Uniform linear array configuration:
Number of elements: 64
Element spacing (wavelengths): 0.5
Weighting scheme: hann
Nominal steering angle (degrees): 0
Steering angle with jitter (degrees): -1.388
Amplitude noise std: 0.05
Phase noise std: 0.05

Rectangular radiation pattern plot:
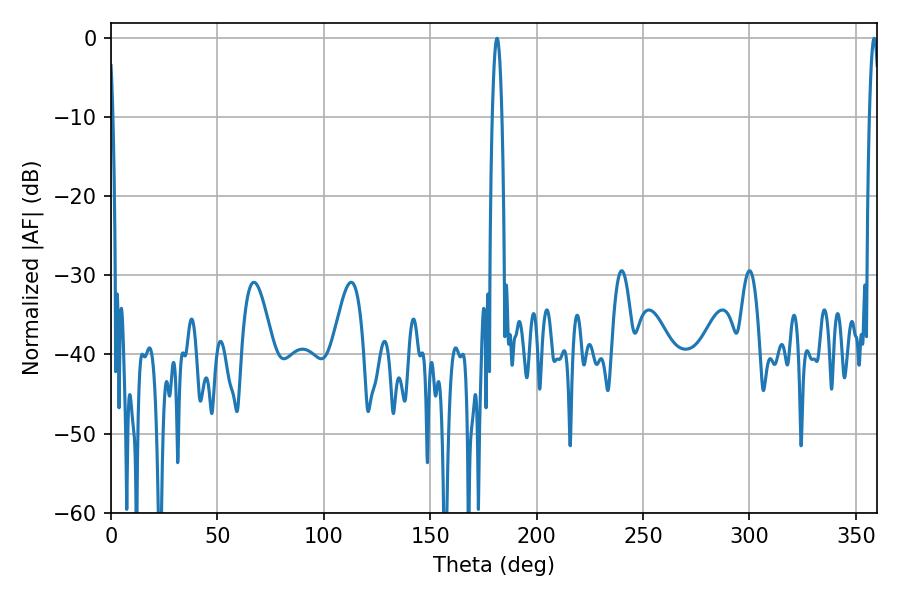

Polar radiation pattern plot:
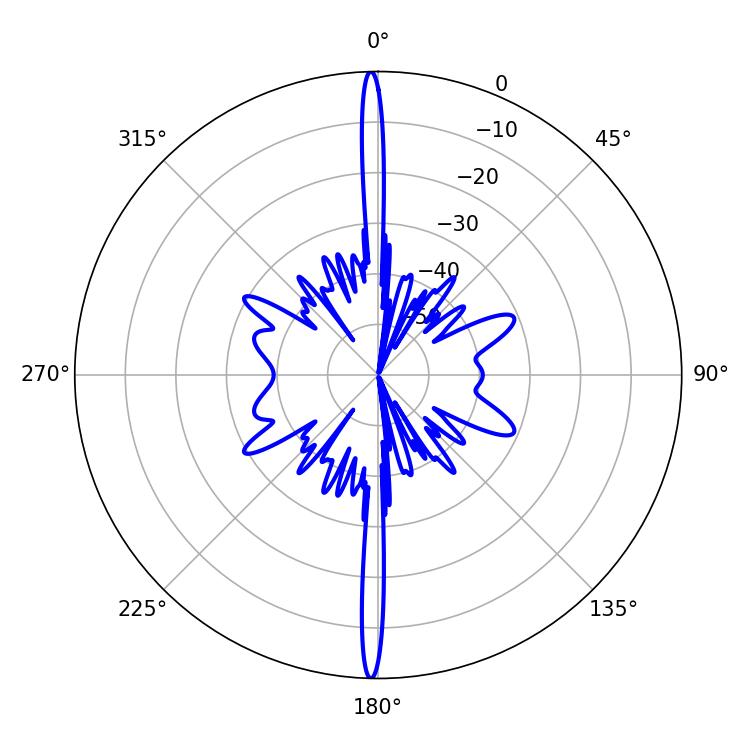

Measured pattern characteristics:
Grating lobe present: FALSE
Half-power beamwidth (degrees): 2.52
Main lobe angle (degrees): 358.56